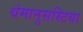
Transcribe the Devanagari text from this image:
धंमानुसस्टिया